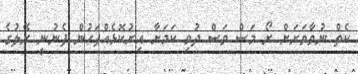
ކެތް ނުވާވަރަށް ރޯ މަސް ވަސް ދުވި ކަމަށާ އިރުކޮޅެއްފަހުން ފެނުނީ ރޭލުގެ